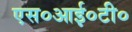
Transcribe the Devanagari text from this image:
एस०आई०टी०